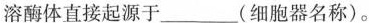
溶酶体直接起源于___(细胞器名称)。